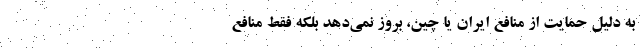
به دلیل حمایت از منافع ایران یا چین، بروز نمی‌دهد بلکه فقط منافع